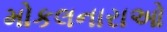
મોકલનારાઓ